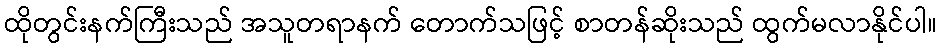
ထိုတွင်းနက်ကြီးသည် အသူတရာနက် တောက်သဖြင့် စာတန်ဆိုးသည် ထွက်မလာနိုင်ပါ။